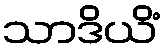
သာဒိယိံ